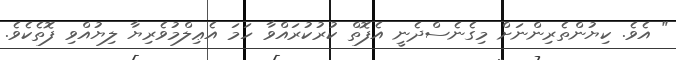
" އެވެ. ކިޔުންތެރިންނަށް މިގެނެސްދެނީ އެފޮތް ކުރުކުރައްވާ ހަމަ އެޢިލްމުވެރިޔާ ލިޔުއްވި ފޮތެކެވެ.